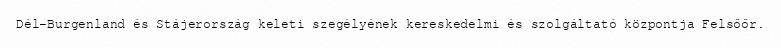
Dél-Burgenland és Stájerország keleti szegélyének kereskedelmi és szolgáltató központja Felsőőr.